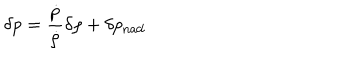
LaTeX: \delta p = \frac { \dot { p } } { \dot { \rho } } \delta \rho + \delta p _ { \mathrm { n a d } }